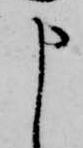
申